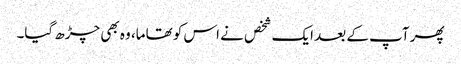
پھر آپ کے بعد ایک شخص نے اس کو تھاما، وہ بھی چڑھ گیا۔